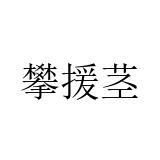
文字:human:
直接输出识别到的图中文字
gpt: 攀援茎